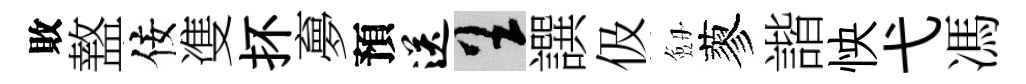
敗盩佞㕠抔夣預送呈譔伋劔蓼諧怏弋馮